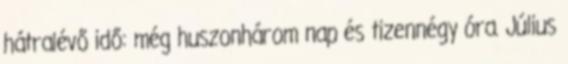
hátralévő idő: még huszonhárom nap és tizennégy óra. Július